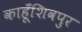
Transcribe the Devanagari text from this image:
काहूँशिवपुर